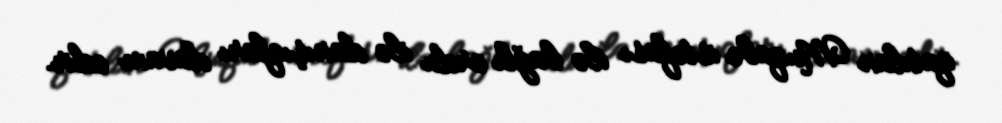
qatılan Muqabe istefası ilə bağlı ordu ilə danışıqları davam edir.